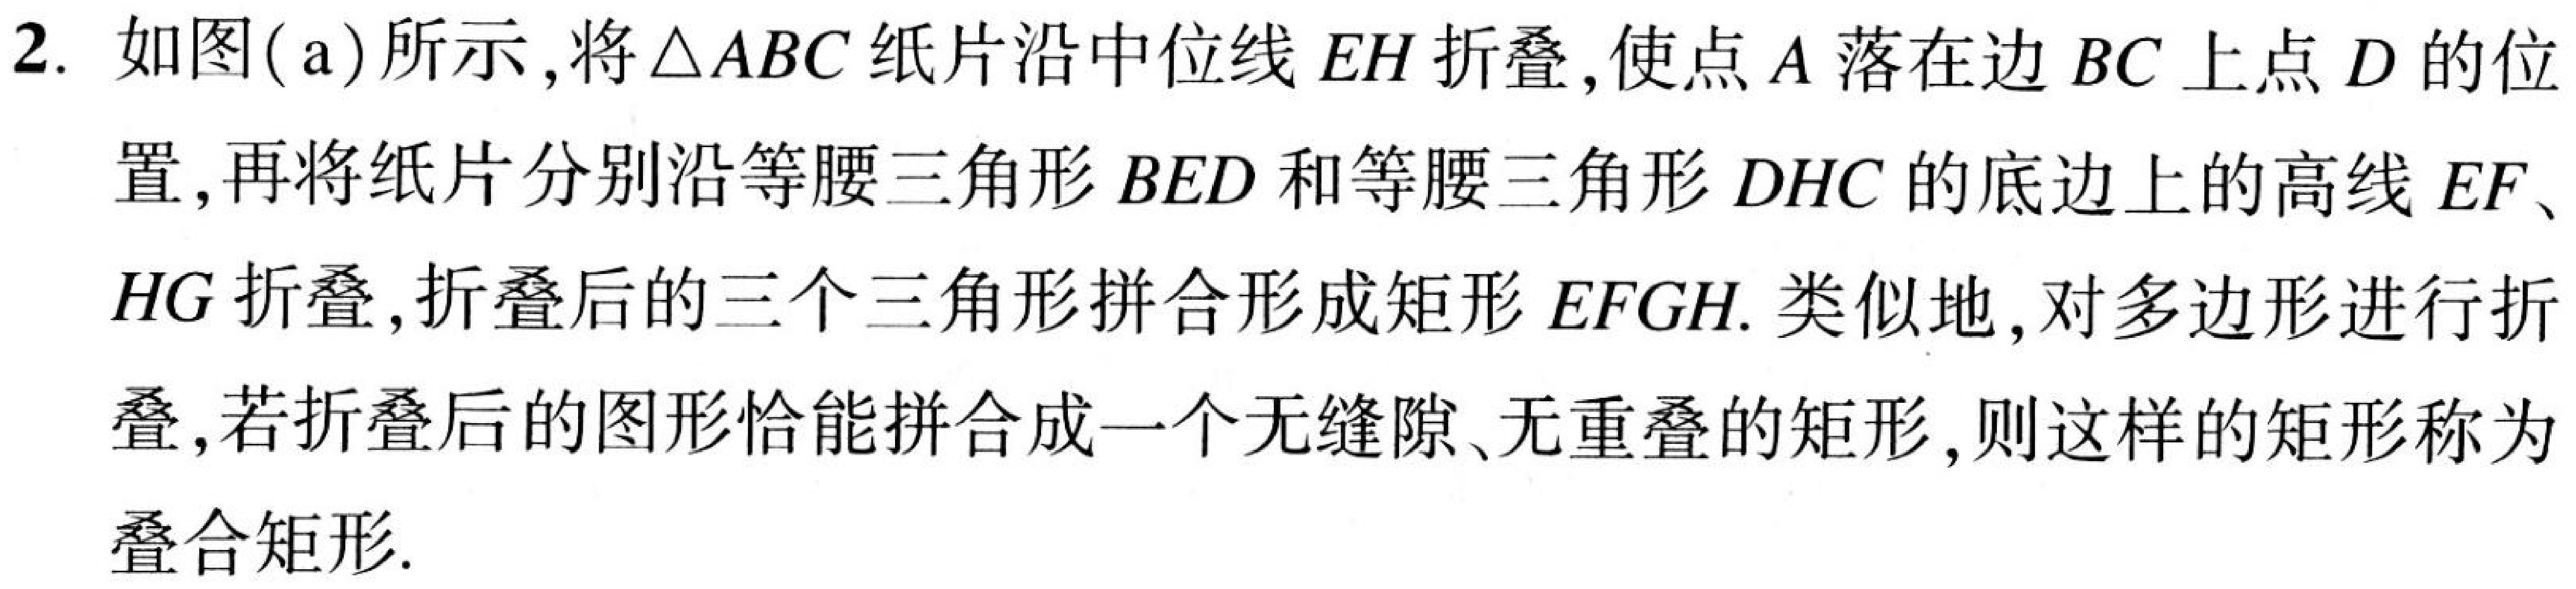
2. 如图(\(a\))所示,将\(\triangle ABC\)纸片沿中位线\(EH\)折叠,使点\(A\)落在边\(BC\)上点\(D\)的位置,再将纸片分别沿等腰三角形\(BED\)和等腰三角形\(DHC\)的底边上的高线\(EF\)、\(HG\)折叠,折叠后的三个三角形拼合形成矩形\(EFGH\). 类似地,对多边形进行折叠,若折叠后的图形恰能拼合成一个无缝隙、无重叠的矩形,则这样的矩形称为叠合矩形.